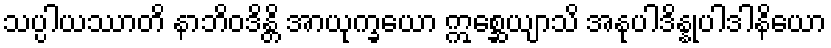
သပ္ပါယဿာတိ နာဘိဝဒိန္တိ အာယုက္ခယော ဣစ္ဆေယျာသိ အနုပါဒိန္နုပါဒါနိယော